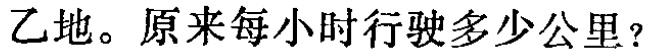
乙地。原来每小时行驶多少公里？